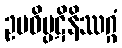
ဥပဓိပ္ပဋိနိဿဂ္ဂံ